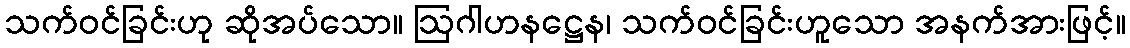
သက်ဝင်ခြင်းဟု ဆိုအပ်သော။ ဩဂါဟနဋ္ဌေန၊ သက်ဝင်ခြင်းဟူသော အနက်အားဖြင့်။